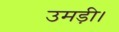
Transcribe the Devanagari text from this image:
उमड़ी।